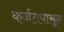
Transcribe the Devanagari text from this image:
कर्जतपासून